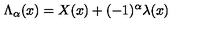
{ \Lambda } _ { \alpha } ( x ) = X ( x ) + ( - 1 ) ^ { \alpha } { \lambda } ( x )